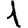
Digit: 1